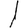
Digit: 1